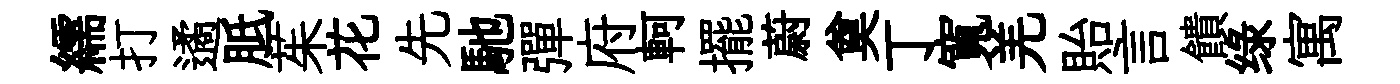
繻打遹胝茱花先馳彈府軻擺蔚奠丁寬羌貽言饋绿寓